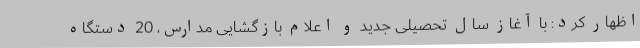
اظهار کرد: با آغاز سال تحصیلی جدید و اعلام بازگشایی مدارس، 20 دستگاه